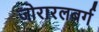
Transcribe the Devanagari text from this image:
जोरारलबर्ग